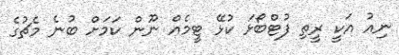
ނިއު އަކީ ރީތި ފުޓްބޯޅަ ކުޅޭ ޓީމެއް ނޫން ކަމަށް ބުނެ މެޗުގެ